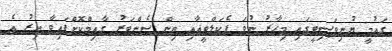
ގައުމީ ޔުނިވަސިޓީގައި މިހާރު ނުވަ ފެކަލްޓީއާއި ތިން ސެންޓަރު ގާއިމްކޮށްފައިވާ އިރު އެ